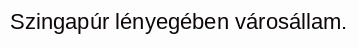
Szingapúr lényegében városállam.